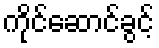
ကိုင်ဆောင်ခွင့်